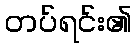
တပ်ရင်း၏